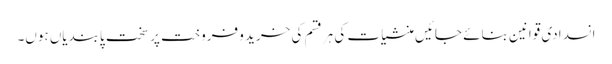
انسدادی قوانین بنائے جائیں منشیات کی ہر قسم کی خرید و فروخت پر سخت پابندیاں ہوں۔